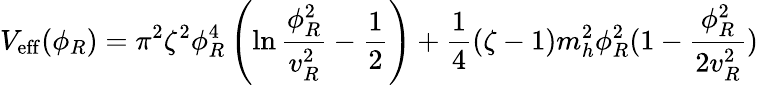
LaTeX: V_{\mathrm{eff}}(\phi_{R})=\pi^{2}\zeta^{2}\phi_{R}^{4}\left(\ln{\frac{\phi_{R}^{2}}{v_{R}^{2}}}-{\frac{1}{2}}\right)+{\frac{1}{4}}(\zeta-1)m_{h}^{2}\phi_{R}^{2}(1-{\frac{\phi_{R}^{2}}{2v_{R}^{2}}})